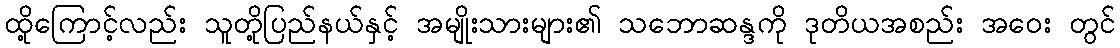
ထို့ကြောင့်လည်း သူတို့ပြည်နယ်နှင့် အမျိုးသားများ၏ သဘောဆန္ဒကို ဒုတိယအစည်း အဝေး တွင်